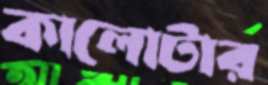
কালোটার